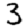
Digit: 3